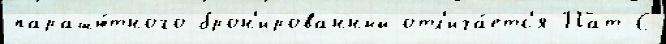
парашю́тного брон'ированный отл'ича́етс'я Пат-С